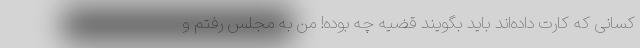
کسانی که کارت داده‌اند باید بگویند قضیه چه بوده! من به مجلس رفتم و